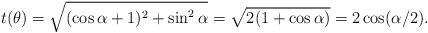
LaTeX: \begin{align*}t(\theta)=\sqrt{(\cos\alpha+1)^2+\sin^2\alpha}=\sqrt{2(1+\cos\alpha)}=2\cos(\alpha/2).\end{align*}